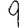
Digit: 9